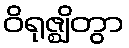
ဝိရုဇ္ဈိတွာ